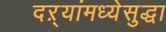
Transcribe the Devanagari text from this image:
दऱ्यांमध्येसुद्धा